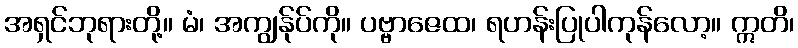
အရှင်ဘုရားတို့။ မံ၊ အကျွန်ုပ်ကို။ ပဗ္ဗာဇေထ၊ ရဟန်းပြုပါကုန်လော့။ ဣတိ၊